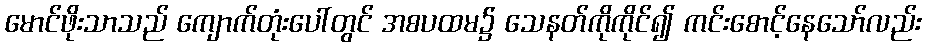
မောင်ဖိုးသာသည် ကျောက်တုံးပေါ်တွင် အစပထမ၌ သေနတ်ကိုကိုင်၍ ကင်းစောင့်နေသော်လည်း